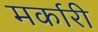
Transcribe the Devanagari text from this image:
मर्कारी